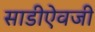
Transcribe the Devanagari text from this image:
साडीऐवजी